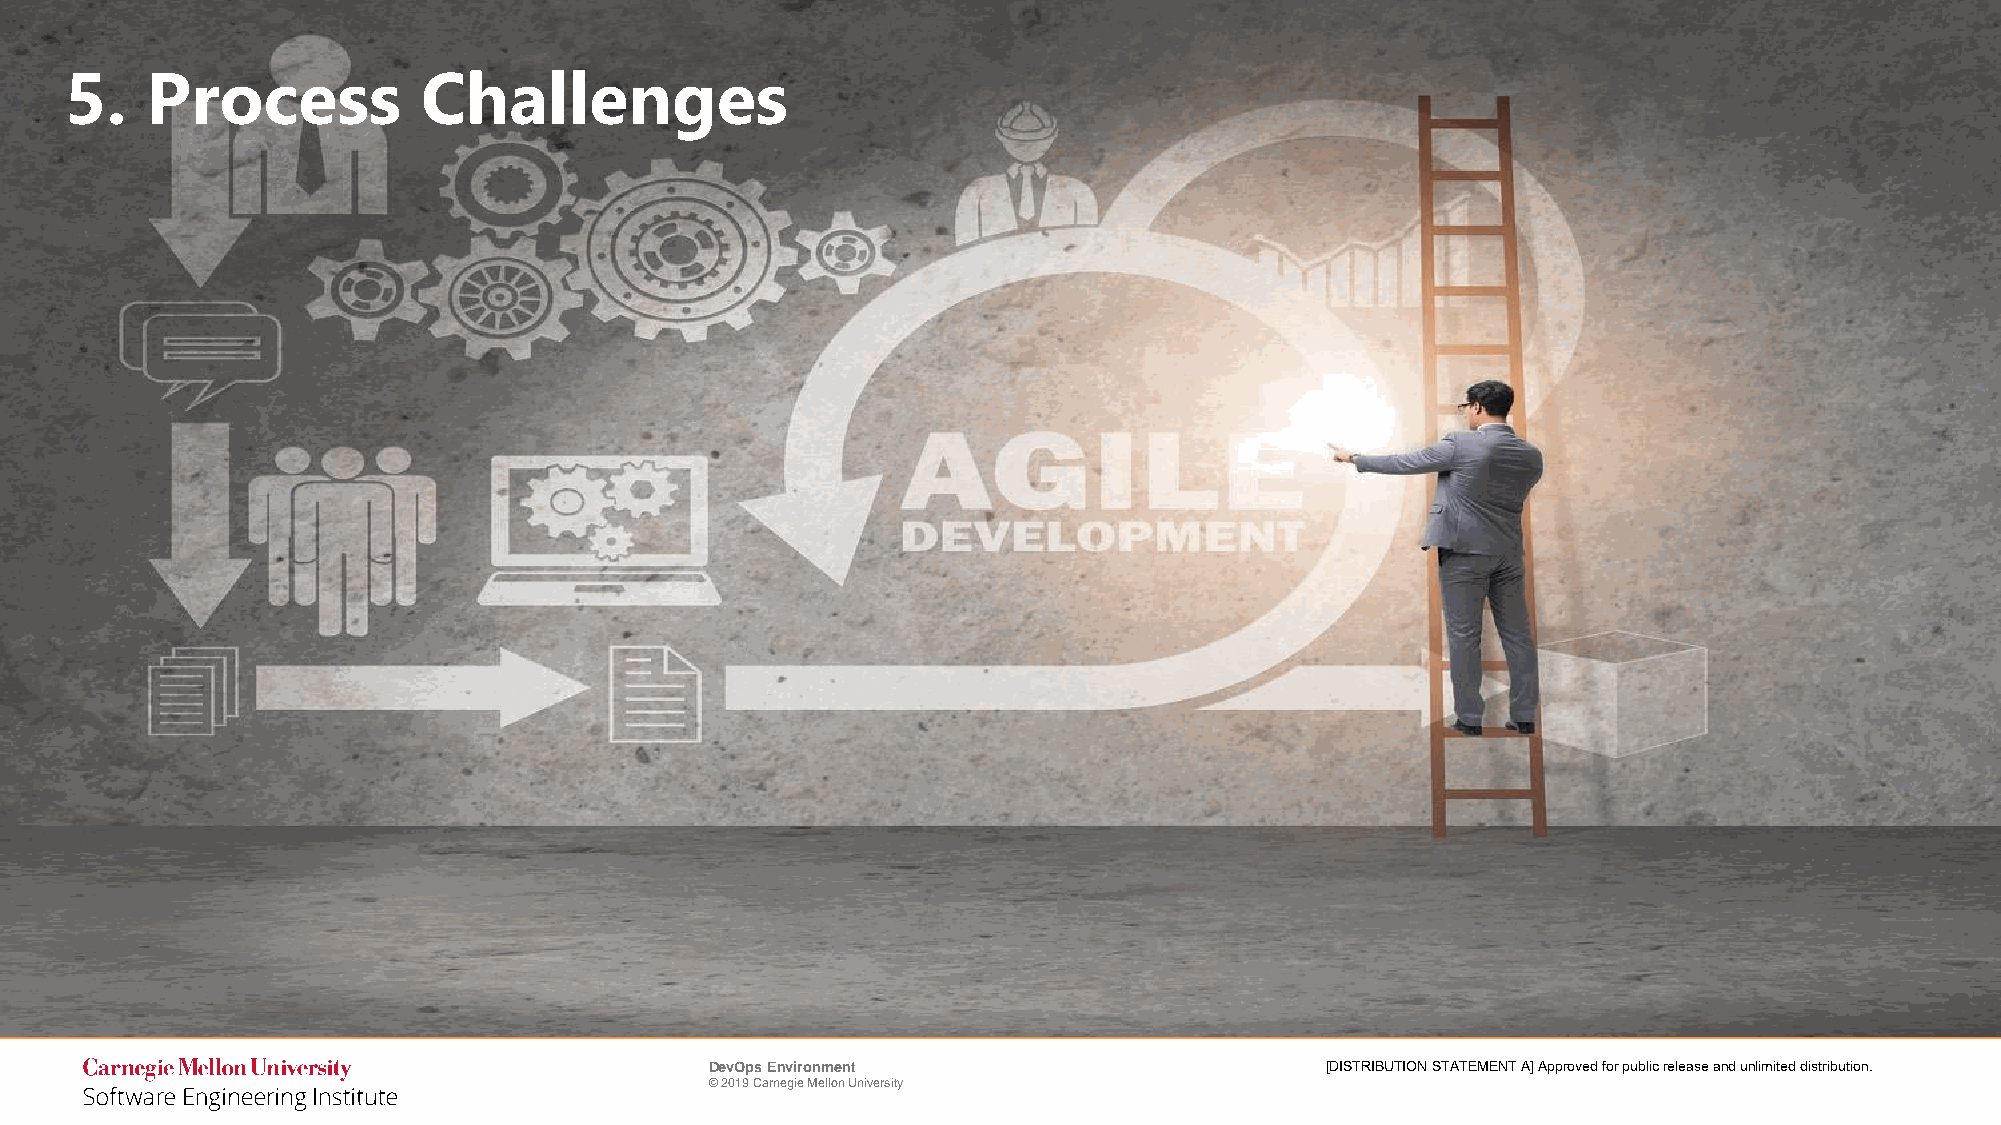
5.    Process           Challenges
 DevOps Environment                       [DISTRIBUTION STATEMENT A] Approved for public release and unlimited distribution.
 © 2019 Carnegie Mellon University